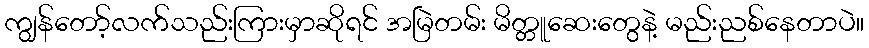
ကျွန်တော့်လက်သည်းကြားမှာဆိုရင် အမြဲတမ်း မိတ္တူဆေးတွေနဲ့ မည်းညစ်နေတာပဲ။